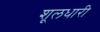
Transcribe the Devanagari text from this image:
शूलधारी